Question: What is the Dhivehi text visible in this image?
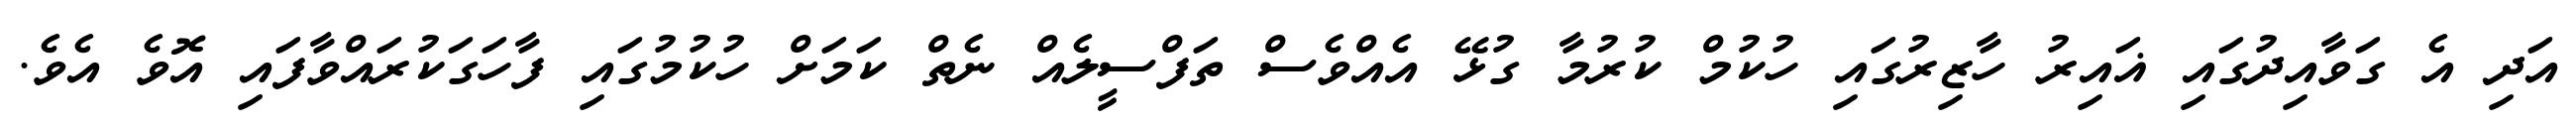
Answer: އަދި އެ ގަވާއިދުގައި ޣައިރު ހާޒިރުގައި ހުކުމް ކުރުމާ ގުޅޭ އެއްވެސް ތަފްސީލެއް ނެތް ކަމަށް ހުކުމުގައި ފާހަގަކުރައްވާފައި އޮވެ އެވެ.